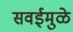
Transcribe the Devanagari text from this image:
सवईमुळे